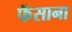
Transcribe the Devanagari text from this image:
फॅसाना